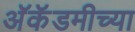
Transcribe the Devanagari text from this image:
अॅकॅडमीच्या